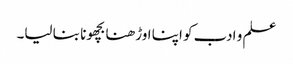
علم و ادب کو اپنا اوڑھنا بچھونا بنا لیا۔